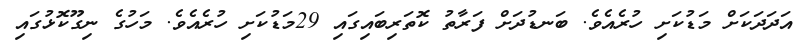
އަދަދަކަށް މަޑުކަށި ހުރެއެވެ. ބަނޑުދަށް ފަރާތު ކޮތަރިބައިގައި 29މަޑުކަށި ހުރެއެވެ. މަހުގެ ނިގޫކޮޅުގައި